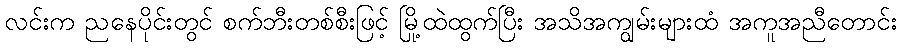
လင်းက ညနေပိုင်းတွင် စက်ဘီးတစ်စီးဖြင့် မြို့ထဲထွက်ပြီး အသိအကျွမ်းများထံ အကူအညီတောင်း